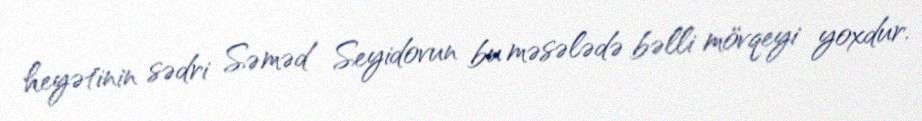
heyətinin sədri Səməd Seyidovun bu məsələdə bəlli mövqeyi yoxdur.